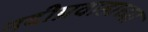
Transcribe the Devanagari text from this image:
नदीप्रवाहाच्या